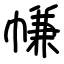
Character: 㡘